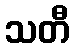
သတီ